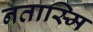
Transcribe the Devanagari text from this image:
नतास्मि